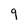
Character: 9